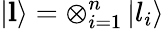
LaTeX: \left\vert\mathbf{l}\right\rangle=\otimes_{i=1}^{n}\left\vert l_{i}\right\rangle